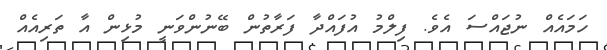
ހަމައެއް ނުޖައްސަ އެވެ. ފިލްމު އުފައްދާ ފަރާތުން ބޭނުންވަނީ މުޅިން އާ ތަރިއެއް